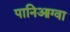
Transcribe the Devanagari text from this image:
पानिआग्वा